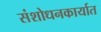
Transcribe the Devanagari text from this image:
संशोधनकार्यात